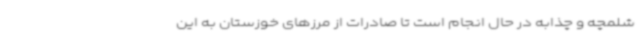
شلمچه و چذابه در حال انجام است تا صادرات از مرزهای خوزستان به این